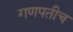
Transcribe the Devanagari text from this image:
गणपतीच